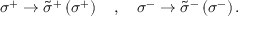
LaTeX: \sigma ^ { + } \rightarrow \tilde { \sigma } ^ { + } \left( \sigma ^ { + } \right) \, \, \, \, \, \, , \, \, \, \, \, \, \sigma ^ { - } \rightarrow \tilde { \sigma } ^ { - } \left( \sigma ^ { - } \right) .